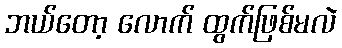
ဘယ်တော့ လောက် ထွက်ဖြစ်မလဲ